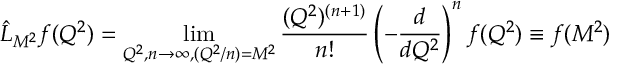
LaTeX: \hat { L } { } _ { M ^ { 2 } } f ( Q ^ { 2 } ) = \operatorname * { l i m } _ { Q ^ { 2 } , n \rightarrow \infty , ( Q ^ { 2 } / n ) = M ^ { 2 } } \frac { ( Q ^ { 2 } ) ^ { ( n + 1 ) } } { n ! } \left( - \frac { d } { d Q ^ { 2 } } \right) ^ { n } f ( Q ^ { 2 } ) \equiv f ( M ^ { 2 } )